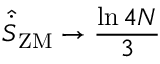
\hat { \dot { S } } _ { \mathrm { Z M } } \rightarrow \frac { \ln { 4 N } } { 3 }